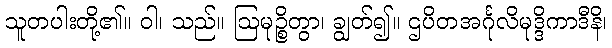
သူတပါးတို့၏။ ဝါ၊ သည်။ ဩမုဉ္စိတွာ၊ ချွတ်၍။ ဌပိတအင်္ဂုလိမုဒ္ဒိကာဒီနိ၊